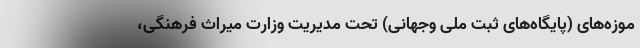
موزه‌های (پایگاه‌های ثبت ملی وجهانی) تحت مدیریت وزارت میراث فرهنگی،